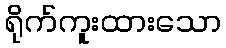
ရိုက်ကူးထားသော